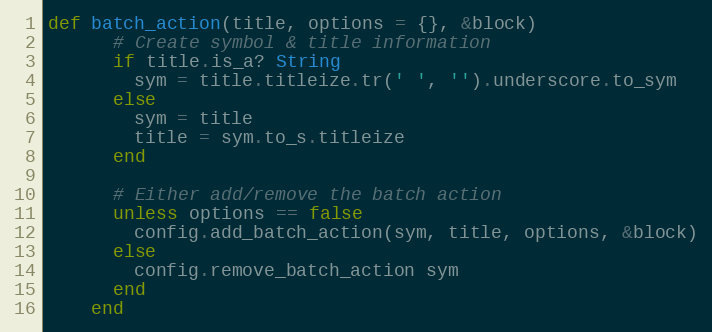
Language: Ruby
def batch_action(title, options = {}, &block)
      # Create symbol & title information
      if title.is_a? String
        sym = title.titleize.tr(' ', '').underscore.to_sym
      else
        sym = title
        title = sym.to_s.titleize
      end

      # Either add/remove the batch action
      unless options == false
        config.add_batch_action(sym, title, options, &block)
      else
        config.remove_batch_action sym
      end
    end